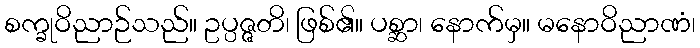
စက္ခုဝိညာဉ်သည်။ ဥပ္ပဇ္ဇတိ၊ ဖြစ်၏။ ပစ္ဆာ၊ နောက်မှ။ မနောဝိညာဏံ၊